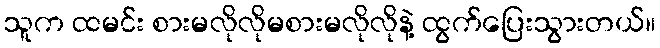
သူက ထမင်း စားမလိုလိုမစားမလိုလိုနဲ့ ထွက်ပြေးသွားတယ်။